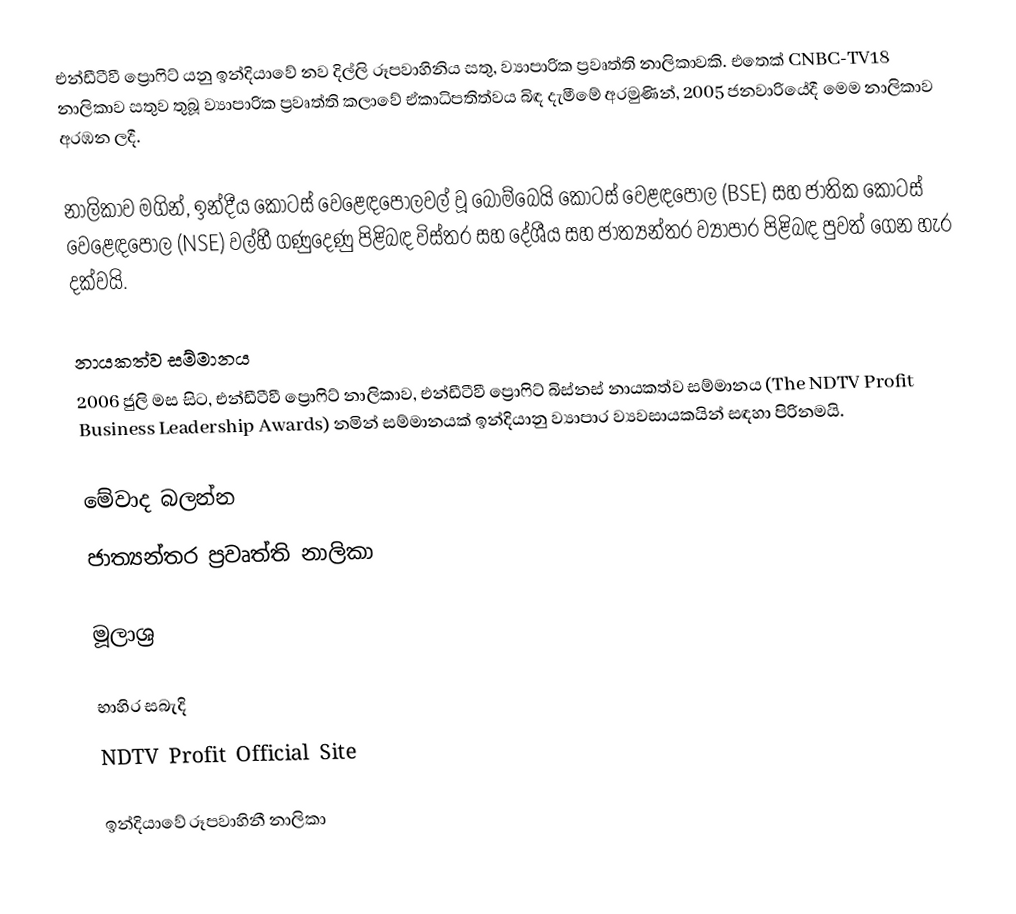
එන්ඩීටීවී ප්‍රොෆිට් යනු ඉන්දියාවේ නව දිල්ලි රූපවාහිනිය සතු, ව්‍යාපාරික ප්‍රවෘත්ති නාලිකාවකි. එතෙක් CNBC-TV18 නාලිකාව සතුව තුබූ ව්‍යාපාරික ප්‍රවෘත්ති කලාවේ ඒකාධිපතිත්වය බිඳ දැමීමේ අරමුණින්, 2005 ජනවාරියේදී මෙම නාලිකාව අරඹන ලදී.

නාලිකාව මගින්, ඉන්දීය කොටස් වෙළෙඳපොලවල් වූ බොම්බෙයි කොටස් වෙළඳපොල (BSE) සහ ජාතික කොටස් වෙළෙඳපොල (NSE) වල්හී ගණුදෙණු පිළිබඳ විස්තර සහ දේශීය සහ ජාත්‍යන්තර ව්‍යාපාර පිළිබඳ පුවත් ගෙන හැර දක්වයි.

නායකත්ව සම්මානය
2006 ජුලි මස සිට, එන්ඩීටීවී ප්‍රොෆිට් නාලිකාව, එන්ඩීටීවී ප්‍රොෆිට් බිස්නස් නායකත්ව සම්මානය (The NDTV Profit Business Leadership Awards) නමින් සම්මානයක් ඉන්දියානු ව්‍යාපාර ව්‍යවසායකයින් සඳහා පිරිනමයි.

මේවාද බලන්න
 ජාත්‍යන්තර ප්‍රවෘත්ති නාලිකා

මූලාශ්‍ර

භාහිර සබැදි
 NDTV Profit Official Site

ඉන්දියාවේ රූපවාහිනී නාලිකා